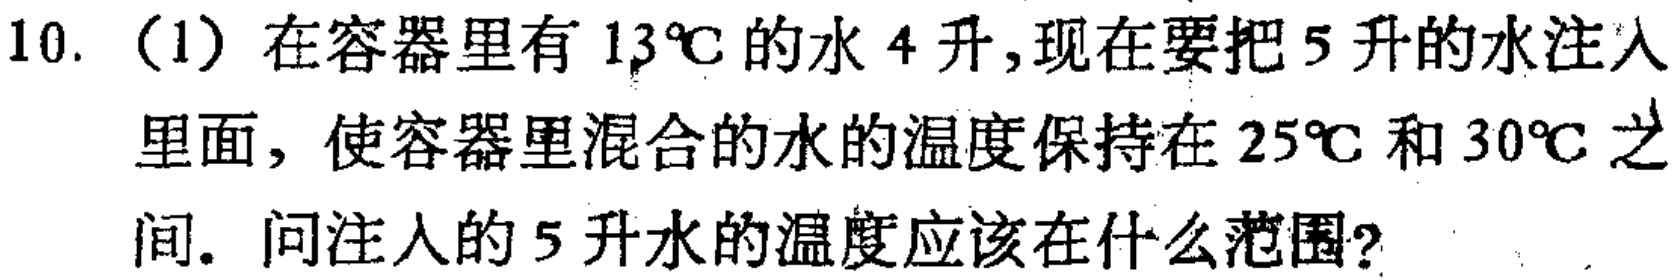
10.（1）在容器里有 \(13^{\circ}C\) 的水 \(4\) 升，现在要把 \(5\) 升的水注入里面，使容器里混合的水的温度保持在 \(25^{\circ}C\) 和 \(30^{\circ}C\) 之间. 问注入的 \(5\) 升水的温度应该在什么范围？